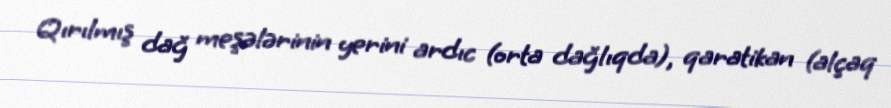
Qırılmış dağ meşələrinin yerini ardıc (orta dağlıqda), qaratikan (alçaq